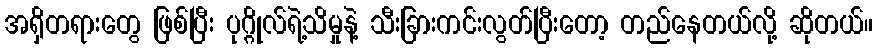
အရှိတရားတွေ ဖြစ်ပြီး ပုဂ္ဂိုလ်ရဲ့သိမှုနဲ့ သီးခြားကင်းလွတ်ပြီးတော့ တည်နေတယ်လို့ ဆိုတယ်။